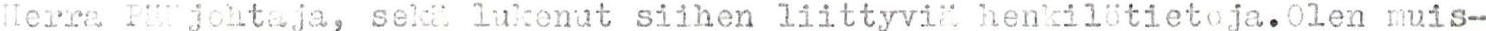
Herra Pääjohtaja, sekä lukenut siihen liittyviä henkilötietoja. Olen muis-